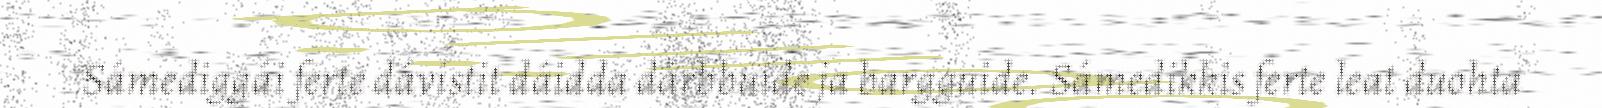
Sámediggái ferte dávistit dáidda dárbbuide ja bargguide. Sámedikkis ferte leat duohta